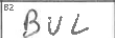
Transcription: BUL